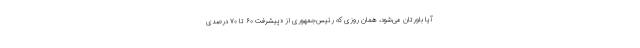
آیا باورتان می‌شود، همان روزی که رئیس‌جمهوری از «پیشرفت ۶۰ تا ۷۰ درصدی